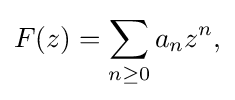
\displaystyle {F(z)=\sum _{n\geq 0}a_{n}z^{n},}